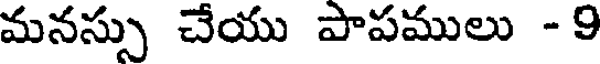
మనస్సు చేయు పాపములు - 9